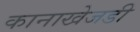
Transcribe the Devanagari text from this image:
कानाखेजडी